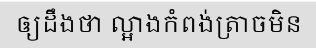
ឲ្យដឹងថា ល្អាងកំពង់ត្រាចមិន